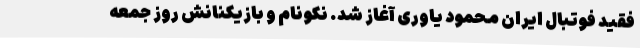
فقید فوتبال ایران محمود یاوری آغاز شد. نکونام و بازیکنانش روز جمعه